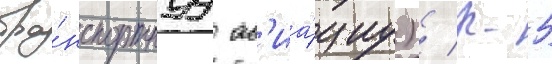
тра́нспортнуу ав'иа́циу) / р-5